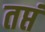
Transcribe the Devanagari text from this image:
तप्तं